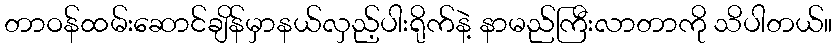
တာဝန်ထမ်းဆောင်ချိန်မှာနယ်လှည့်ပါးရိုက်နဲ့ နာမည်ကြီးလာတာကို သိပါတယ်။